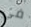
في